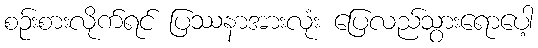
စဉ်းစားလိုက်ရင် ပြဿနာအားလုံး ပြေလည်သွားရောပေါ့